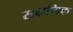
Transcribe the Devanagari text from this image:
सक्षणिक